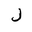
Letter: _ra